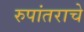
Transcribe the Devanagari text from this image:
रुपांतराचे